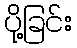
ပို့ခြင်း